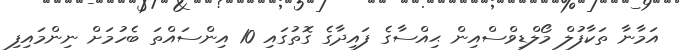
އަމާނާ ތަކާފުލް މޯލްޑިވްސްއިން ޙިއްސާގެ ފައިދާގެ ގޮތުގައި 10 އިންސައްތަ ބެހުމަށް ނިންމައިފި